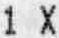
1 X